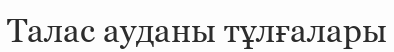
Талас ауданы тұлғалары